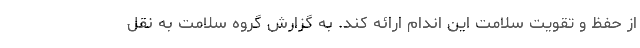
از حفظ و تقویت سلامت این اندام ارائه کند. به گزارش گروه سلامت به نقل